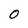
Character: 0